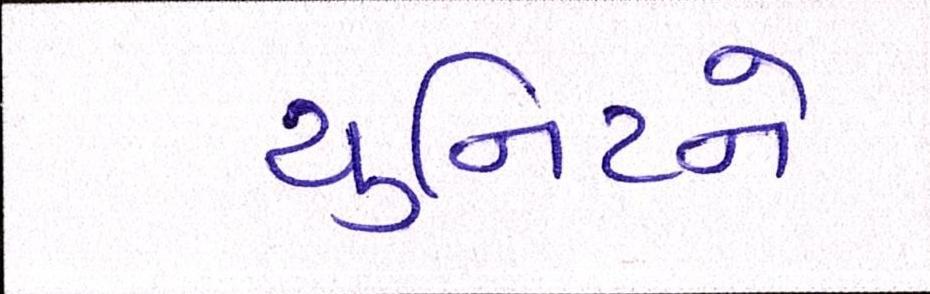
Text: યુનિટને